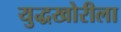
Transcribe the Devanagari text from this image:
युद्धखोरीला